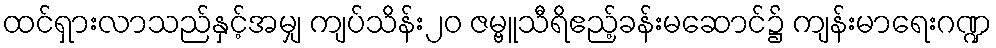
ထင်ရှားလာသည်နှင့်အမျှ ကျပ်သိန်း၂၀ ဇမ္ဗူသီရိဧည့်ခန်းမဆောင်၌ ကျန်းမာရေးဂဏ္ဍ